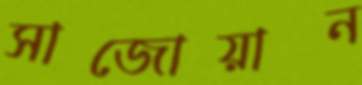
সাজোয়ান